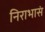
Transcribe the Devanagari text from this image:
निराभासं